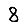
Digit: 8